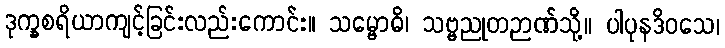
ဒုက္ခစရိယာကျင့်ခြင်းလည်းကောင်း။ သမ္ဗောဓိ၊ သဗ္ဗညုတဉာဏ်သို့။ ပါပုနဒိဝသေ၊